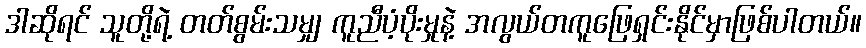
ဒါဆိုရင် သူတို့ရဲ့ တတ်စွမ်းသမျှ ကူညီပံ့ပိုးမှုနဲ့ အလွယ်တကူဖြေရှင်းနိုင်မှာဖြစ်ပါတယ်။